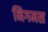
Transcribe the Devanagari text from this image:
निगमस